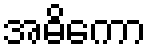
အဓိကော